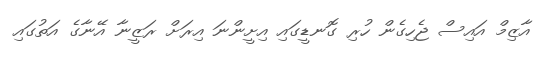
އާޒިމް އައިސް ޖެހިގެން ހުރި ގޮނޑީގައި އިށީންނަ އިރަށް ރަޒީނާ އޭނާގެ އަތުގައި